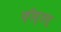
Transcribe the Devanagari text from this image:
फ़ीस्तस्